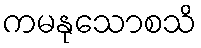
ကမနုသောစသိ